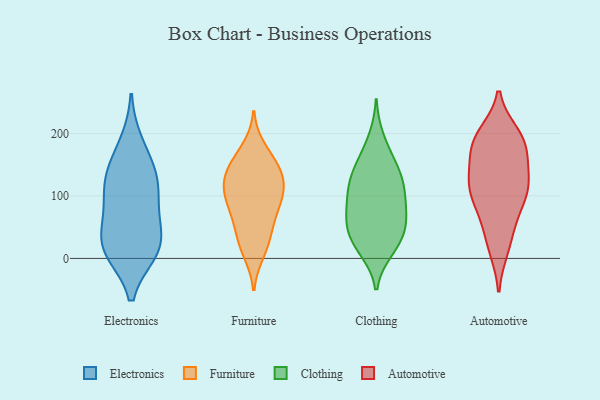
{"axis": {"x": "Active Users", "y": "Value"}, "legend": ["Automotive", "Clothing", "Electronics", "Furniture"], "data": [{"x": "", "y": 113, "type": "Electronics"}, {"x": "", "y": 11, "type": "Electronics"}, {"x": "", "y": 49, "type": "Electronics"}, {"x": "", "y": 18, "type": "Electronics"}, {"x": "", "y": 136, "type": "Electronics"}, {"x": "", "y": 15, "type": "Electronics"}, {"x": "", "y": 149, "type": "Electronics"}, {"x": "", "y": 11, "type": "Electronics"}, {"x": "", "y": 90, "type": "Electronics"}, {"x": "", "y": 185, "type": "Electronics"}, {"x": "", "y": 58, "type": "Electronics"}, {"x": "", "y": 116, "type": "Electronics"}, {"x": "", "y": 128, "type": "Furniture"}, {"x": "", "y": 100, "type": "Furniture"}, {"x": "", "y": 87, "type": "Furniture"}, {"x": "", "y": 156, "type": "Furniture"}, {"x": "", "y": 146, "type": "Furniture"}, {"x": "", "y": 23, "type": "Furniture"}, {"x": "", "y": 30, "type": "Furniture"}, {"x": "", "y": 175, "type": "Furniture"}, {"x": "", "y": 148, "type": "Furniture"}, {"x": "", "y": 122, "type": "Furniture"}, {"x": "", "y": 87, "type": "Furniture"}, {"x": "", "y": 112, "type": "Furniture"}, {"x": "", "y": 61, "type": "Furniture"}, {"x": "", "y": 115, "type": "Furniture"}, {"x": "", "y": 10, "type": "Furniture"}, {"x": "", "y": 62, "type": "Furniture"}, {"x": "", "y": 94, "type": "Clothing"}, {"x": "", "y": 119, "type": "Clothing"}, {"x": "", "y": 136, "type": "Clothing"}, {"x": "", "y": 114, "type": "Clothing"}, {"x": "", "y": 57, "type": "Clothing"}, {"x": "", "y": 13, "type": "Clothing"}, {"x": "", "y": 42, "type": "Clothing"}, {"x": "", "y": 159, "type": "Clothing"}, {"x": "", "y": 56, "type": "Clothing"}, {"x": "", "y": 19, "type": "Clothing"}, {"x": "", "y": 74, "type": "Clothing"}, {"x": "", "y": 154, "type": "Clothing"}, {"x": "", "y": 74, "type": "Clothing"}, {"x": "", "y": 101, "type": "Clothing"}, {"x": "", "y": 20, "type": "Clothing"}, {"x": "", "y": 192, "type": "Clothing"}, {"x": "", "y": 46, "type": "Clothing"}, {"x": "", "y": 125, "type": "Clothing"}, {"x": "", "y": 198, "type": "Automotive"}, {"x": "", "y": 69, "type": "Automotive"}, {"x": "", "y": 123, "type": "Automotive"}, {"x": "", "y": 55, "type": "Automotive"}, {"x": "", "y": 190, "type": "Automotive"}, {"x": "", "y": 123, "type": "Automotive"}, {"x": "", "y": 104, "type": "Automotive"}, {"x": "", "y": 121, "type": "Automotive"}, {"x": "", "y": 22, "type": "Automotive"}, {"x": "", "y": 120, "type": "Automotive"}, {"x": "", "y": 16, "type": "Automotive"}, {"x": "", "y": 182, "type": "Automotive"}, {"x": "", "y": 164, "type": "Automotive"}, {"x": "", "y": 110, "type": "Automotive"}, {"x": "", "y": 164, "type": "Automotive"}, {"x": "", "y": 187, "type": "Automotive"}, {"x": "", "y": 194, "type": "Automotive"}, {"x": "", "y": 88, "type": "Automotive"}]}